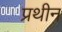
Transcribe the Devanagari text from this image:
प्रथीन